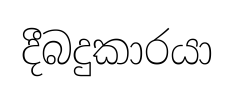
දීබදුකාරයා